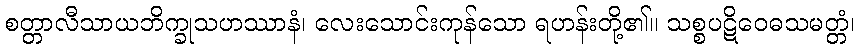
စတ္တာလီသာယဘိက္ခုသဟဿာနံ၊ လေးသောင်းကုန်သော ရဟန်းတို့၏။ သစ္စပဋိဝေဓသမတ္တံ၊